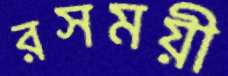
রসময়ী